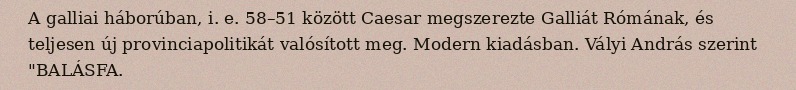
A galliai háborúban, i. e. 58–51 között Caesar megszerezte Galliát Rómának, és teljesen új provinciapolitikát valósított meg. Modern kiadásban. Vályi András szerint "BALÁSFA.